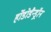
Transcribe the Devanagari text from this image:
र्होडोडैन्ड्रॉन